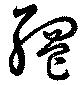
網